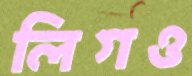
লিগও